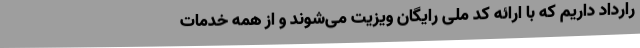
رارداد داریم که با ارائه کد ملی رایگان ویزیت می‌شوند و از همه خدمات